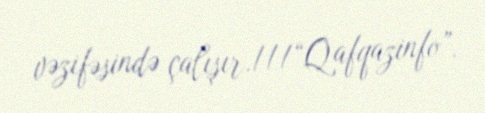
vəzifəsində çalışır.///“Qafqazinfo”.